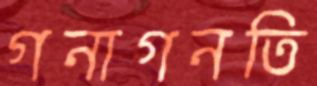
গনাগনতি